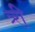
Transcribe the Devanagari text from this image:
त्र्री